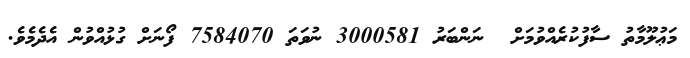
މަޢުލޫމާތު ސާފުކުރެއްވުމަށް  ނަންބަރު 3000581 ނުވަތަ 7584070 ފޯނަށް ގުޅުއްވުން އެދެމެވެ.